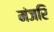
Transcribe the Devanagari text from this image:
मंजरि